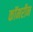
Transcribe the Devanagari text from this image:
कॉमरीन